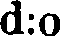
d:o